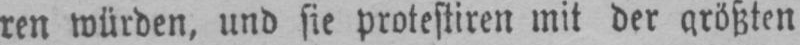
ren würden, und sie protestiren mit der größten